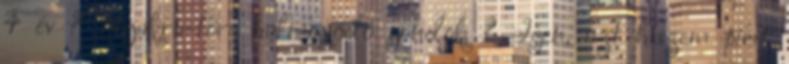
4 év ? Nyakra-főre halmozódó gondok ? Igen, azt hiszem picit